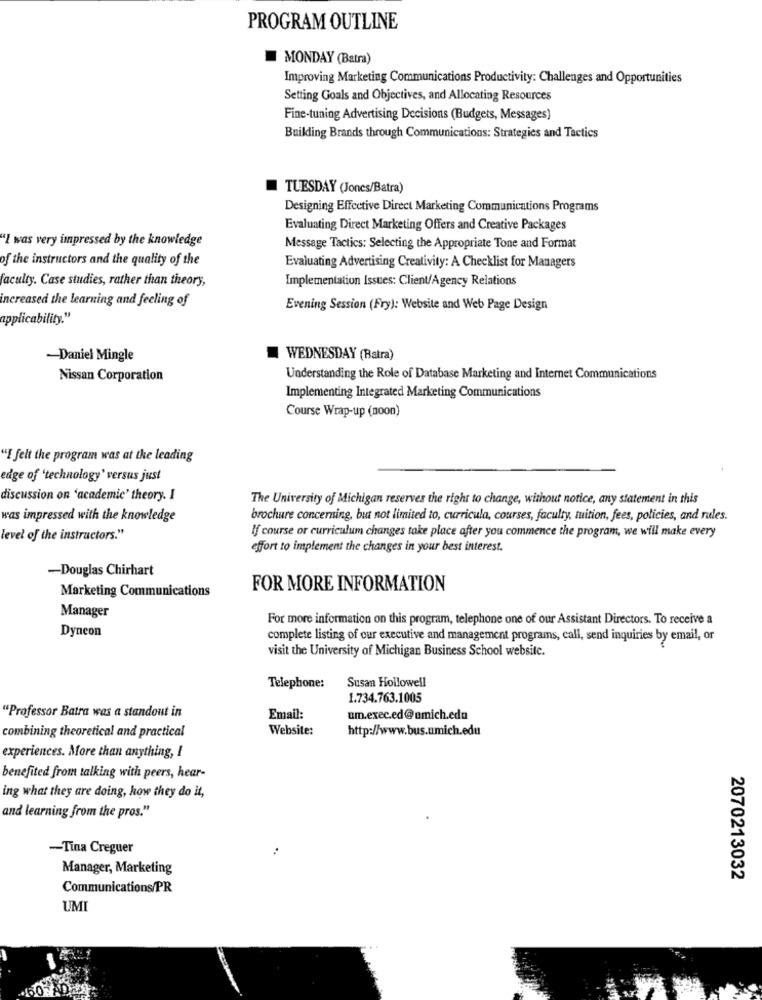
PROGRAM OUTLINE
MONDAY (Batra)
Improving Marketing Communications Productivity: Challenges and Opportunities
Setting Goals and Objectives, and Allocating Resources
Fine-tuning Advertising Decisions (Budgets, Messages)
Building Brands through Communications: Strategies and Tactics
TUESDAY (Jones/Batra)
Designing Effective Direct Marketing Communications Programs
Evaluating Direct Marketing Offers and Creative Packages
"I was very impressed by the knowledge
Message Tactics: Selecting the Appropriate Tone and Format
of the instructors and the quality of the
Evaluating Advertising Creativity: A Checklist for Managers
faculty. Case studies, rather than theory,
Implementation Issues: Client/Agency Relations
increased the learning and feeling of
Evening Session (Fry): Website and Web Page Design
applicability."
-Daniel Mingle
WEDNESDAY (Batra)
Nissan Corporation
Understanding the Role of Database Marketing and Internet Communications
Implementing Integrated Marketing Communications
Course Wrap-up (noon)
"I felt the program was at the leading
edge of 'technology' versus just
discussion on 'academic' theory. I
The University of Michigan reserves the right to change, without notice, any statement in this
was impressed with the knowledge
brochure concerning, but not limited to, curricula, courses, faculty, tuition, fees, policies, and rules.
If course or curriculum changes take place after you commence the program, we will make every
level of the instructors."
effort to implement the changes in your best interest.
-Douglas Chirhart
Marketing Communications
FOR MORE INFORMATION
Manager
For more information on this program, telephone one of our Assistant Directors. To receive a
Dyneon
complete listing of our executive and management programs, call, send inquiries by email, or
visit the University of Michigan Business School website.
Telephone:
Susan Hollowell
1.734.763.1005
"Professor Batra was a standout in
Email:
um.exec.ed@umich.edu
combining theoretical and practical
Website:
http://www.bus.nmich.edu
experiences. More than anything, I
benefited from talking with peers, hear-
ing what they are doing, how they do it,
and learning from the pros."
-Tina Creguer
Manager, Marketing
2070213032
Communications/PR
UMI